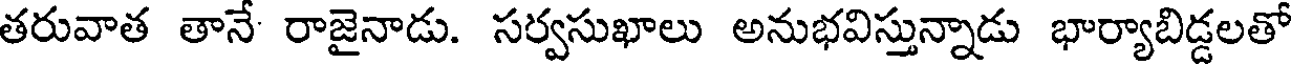
తరువాత తానే రాజైనాడు. సర్వసుఖాలు అనుభవిస్తున్నాడు భార్యాబిడ్డలతో